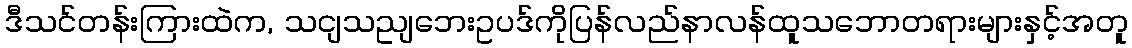
ဒီသင်တန်းကြားထဲက, သငျသညျဘေးဥပဒ်ကိုပြန်လည်နာလန်ထူသဘောတရားများနှင့်အတူ